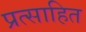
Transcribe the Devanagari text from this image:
प्रत्साहित